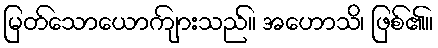
မြတ်သောယောကျ်ားသည်။ အဟောသိ၊ ဖြစ်၏။